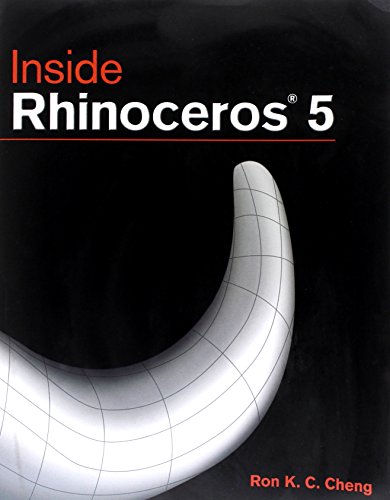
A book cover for Inside Rhinoceros 5; Ron K.C. Cheng; Engineering & Transportation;